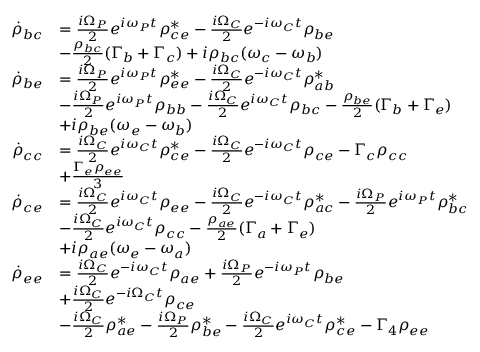
\begin{array} { r l } { \dot { \rho } _ { b c } } & { = \frac { i \Omega _ { P } } { 2 } e ^ { i \omega _ { P } t } \rho _ { c e } ^ { * } - \frac { i \Omega _ { C } } { 2 } e ^ { - i \omega _ { C } t } \rho _ { b e } } \\ & { - \frac { \rho _ { b c } } { 2 } ( \Gamma _ { b } + \Gamma _ { c } ) + i \rho _ { b c } ( \omega _ { c } - \omega _ { b } ) } \\ { \dot { \rho } _ { b e } } & { = \frac { i \Omega _ { P } } { 2 } e ^ { i \omega _ { P } t } \rho _ { e e } ^ { * } - \frac { i \Omega _ { C } } { 2 } e ^ { - i \omega _ { C } t } \rho _ { a b } ^ { * } } \\ & { - \frac { i \Omega _ { P } } { 2 } e ^ { i \omega _ { P } t } \rho _ { b b } - \frac { i \Omega _ { C } } { 2 } e ^ { i \omega _ { C } t } \rho _ { b c } - \frac { \rho _ { b e } } { 2 } ( \Gamma _ { b } + \Gamma _ { e } ) } \\ & { + i \rho _ { b e } ( \omega _ { e } - \omega _ { b } ) } \\ { \dot { \rho } _ { c c } } & { = \frac { i \Omega _ { C } } { 2 } e ^ { i \omega _ { C } t } \rho _ { c e } ^ { * } - \frac { i \Omega _ { C } } { 2 } e ^ { - i \omega _ { C } t } \rho _ { c e } - \Gamma _ { c } \rho _ { c c } } \\ & { + \frac { \Gamma _ { e } \rho _ { e e } } { 3 } } \\ { \dot { \rho } _ { c e } } & { = \frac { i \Omega _ { C } } { 2 } e ^ { i \omega _ { C } t } \rho _ { e e } - \frac { i \Omega _ { C } } { 2 } e ^ { - i \omega _ { C } t } \rho _ { a c } ^ { * } - \frac { i \Omega _ { P } } { 2 } e ^ { i \omega _ { P } t } \rho _ { b c } ^ { * } } \\ & { - \frac { i \Omega _ { C } } { 2 } e ^ { i \omega _ { C } t } \rho _ { c c } - \frac { \rho _ { a e } } { 2 } ( \Gamma _ { a } + \Gamma _ { e } ) } \\ & { + i \rho _ { a e } ( \omega _ { e } - \omega _ { a } ) } \\ { \dot { \rho } _ { e e } } & { = \frac { i \Omega _ { C } } { 2 } e ^ { - i \omega _ { C } t } \rho _ { a e } + \frac { i \Omega _ { P } } { 2 } e ^ { - i \omega _ { P } t } \rho _ { b e } } \\ & { + \frac { i \Omega _ { C } } { 2 } e ^ { - i \Omega _ { C } t } \rho _ { c e } } \\ & { - \frac { i \Omega _ { C } } { 2 } \rho _ { a e } ^ { * } - \frac { i \Omega _ { P } } { 2 } \rho _ { b e } ^ { * } - \frac { i \Omega _ { C } } { 2 } e ^ { i \omega _ { C } t } \rho _ { c e } ^ { * } - \Gamma _ { 4 } \rho _ { e e } } \end{array}